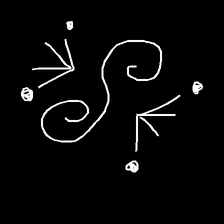
Glyph: aeroform